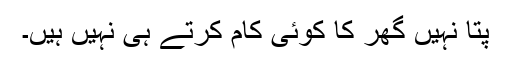
پتا نہیں گھر کا کوئی کام کرتے ہی نہیں ہیں۔